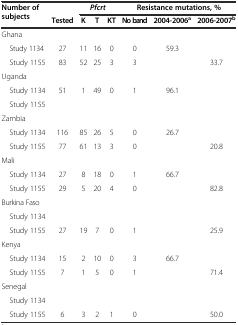
<table><thead><tr><td><b>Number of subjects</b></td><td></td><td colspan="3"><b><i>Pfcrt</i></b></td><td colspan="3"><b>Resistance mutations, %</b></td></tr><tr><td></td><td><b>Tested</b></td><td><b>K</b></td><td><b>T</b></td><td><b>KT</b></td><td><b>No band</b></td><td><b>2004-2006<sup>a</sup></b></td><td><b>2006-2007<sup>b</sup></b></td></tr></thead><tbody><tr><td>Ghana</td><td></td><td></td><td></td><td></td><td></td><td></td><td></td></tr><tr><td> Study 1134</td><td>27</td><td>11</td><td>16</td><td>0</td><td>0</td><td>59.3</td><td></td></tr><tr><td> Study 1155</td><td>83</td><td>52</td><td>25</td><td>3</td><td>3</td><td></td><td>33.7</td></tr><tr><td>Uganda</td><td></td><td></td><td></td><td></td><td></td><td></td><td></td></tr><tr><td> Study 1134</td><td>51</td><td>1</td><td>49</td><td>0</td><td>1</td><td>96.1</td><td></td></tr><tr><td> Study 1155</td><td></td><td></td><td></td><td></td><td></td><td></td><td></td></tr><tr><td>Zambia</td><td></td><td></td><td></td><td></td><td></td><td></td><td></td></tr><tr><td> Study 1134</td><td>116</td><td>85</td><td>26</td><td>5</td><td>0</td><td>26.7</td><td></td></tr><tr><td> Study 1155</td><td>77</td><td>61</td><td>13</td><td>3</td><td>0</td><td></td><td>20.8</td></tr><tr><td>Mali</td><td></td><td></td><td></td><td></td><td></td><td></td><td></td></tr><tr><td> Study 1134</td><td>27</td><td>8</td><td>18</td><td>0</td><td>1</td><td>66.7</td><td></td></tr><tr><td> Study 1155</td><td>29</td><td>5</td><td>20</td><td>4</td><td>0</td><td></td><td>82.8</td></tr><tr><td>Burkina Faso</td><td></td><td></td><td></td><td></td><td></td><td></td><td></td></tr><tr><td> Study 1134</td><td></td><td></td><td></td><td></td><td></td><td></td><td></td></tr><tr><td> Study 1155</td><td>27</td><td>19</td><td>7</td><td>0</td><td>1</td><td></td><td>25.9</td></tr><tr><td>Kenya</td><td></td><td></td><td></td><td></td><td></td><td></td><td></td></tr><tr><td> Study 1134</td><td>15</td><td>2</td><td>10</td><td>0</td><td>3</td><td>66.7</td><td></td></tr><tr><td> Study 1155</td><td>7</td><td>1</td><td>5</td><td>0</td><td>1</td><td></td><td>71.4</td></tr><tr><td>Senegal</td><td></td><td></td><td></td><td></td><td></td><td></td><td></td></tr><tr><td> Study 1134</td><td></td><td></td><td></td><td></td><td></td><td></td><td></td></tr><tr><td> Study 1155</td><td>6</td><td>3</td><td>2</td><td>1</td><td>0</td><td></td><td>50.0</td></tr></tbody></table>